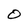
Character: O